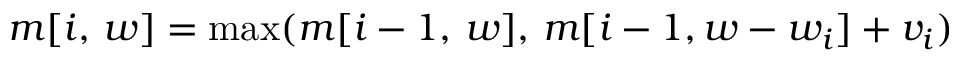
m [ i , \, w ] = \operatorname* { m a x } ( m [ i - 1 , \, w ] , \, m [ i - 1 , w - w _ { i } ] + v _ { i } )